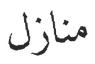
منازل